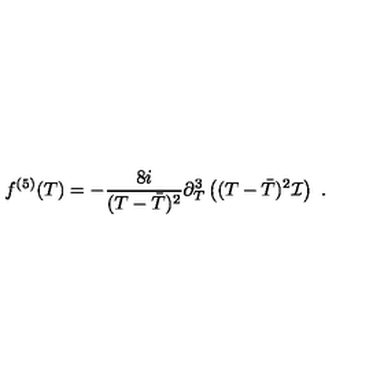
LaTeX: f ^ { ( 5 ) } ( T ) = - \frac { 8 i } { ( T - \bar { T } ) ^ { 2 } } \partial _ { T } ^ { 3 } \left( ( T - \bar { T } ) ^ { 2 } { \cal I } \right) \ .